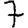
Digit: 7